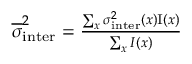
\begin{array} { r } { \overline { { \sigma } } _ { \mathrm { i n t e r } } ^ { 2 } = \frac { \sum _ { x } \sigma _ { \mathrm { i n t e r } } ^ { 2 } ( x ) \mathrm { I } ( x ) } { \sum _ { x } I ( x ) } } \end{array}